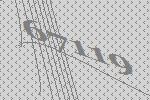
67119